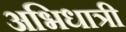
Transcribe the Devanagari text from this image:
अभिधात्री